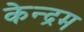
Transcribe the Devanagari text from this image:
केन्द्रम